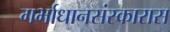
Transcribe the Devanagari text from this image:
गर्भाधानसंस्कारास